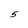
Character: 5